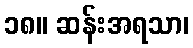
၁၈။ ဆန်းအရသာ၊